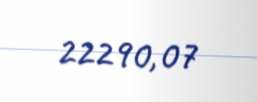
22290,07